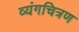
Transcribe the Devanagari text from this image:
व्यंगचित्रण